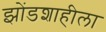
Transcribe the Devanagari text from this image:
झोंडशाहीला